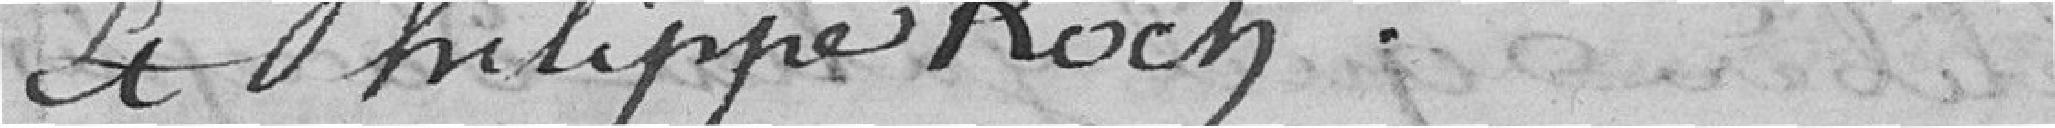
et Philippe Koch.